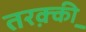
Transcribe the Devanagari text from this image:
तरक़्की़